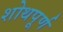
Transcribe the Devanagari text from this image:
शोथपूर्ण